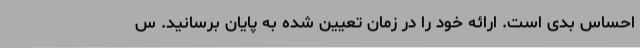
احساس بدی است. ارائه خود را در زمان تعیین شده به پایان برسانید. س